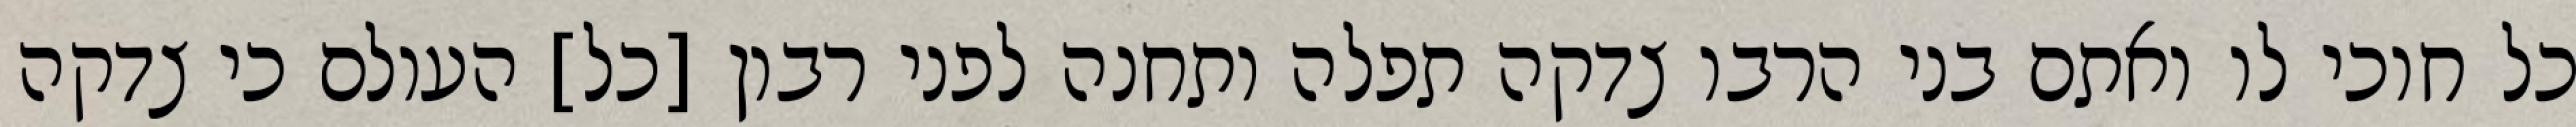
כל חוכי לו ואתם בני הרבו צדקה תפלה ותחנה לפני רבון [כל] העולם כי צדקה